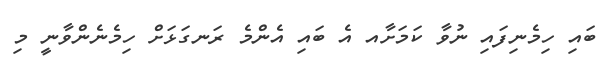
ބައި ހިމެނިފައި ނުވާ ކަމަށާއ އެ ބައި އެންމެ ރަނގަޅަށް ހިމެނެންވާނީ މި